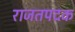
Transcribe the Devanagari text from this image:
राजतपदक